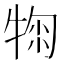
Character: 𤚂